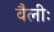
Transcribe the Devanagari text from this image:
वैलीः